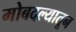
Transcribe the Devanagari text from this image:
मोबदल्यातून